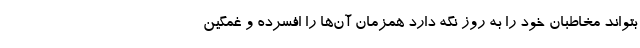
بتواند مخاطبان خود را به روز نگه دارد همزمان آن‌ها را افسرده و غمگین